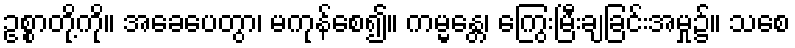
ဥစ္စာတို့ကို။ အခေပေတွာ၊ မကုန်စေ၍။ ကမ္မန္တေ၊ ကြွေးမြီးချခြင်းအမှု၌။ သစေ